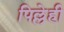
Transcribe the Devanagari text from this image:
पिल्लेही